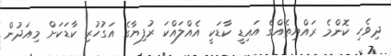
ދިވެހި ކޮންމެ ރައްޔިތެއްގެ އައިޑީ ކާޑަކީ އެއްލައްކަ ރުފިޔާގެ އަގުހުރި ކާޑަކަށް މިއަދުން